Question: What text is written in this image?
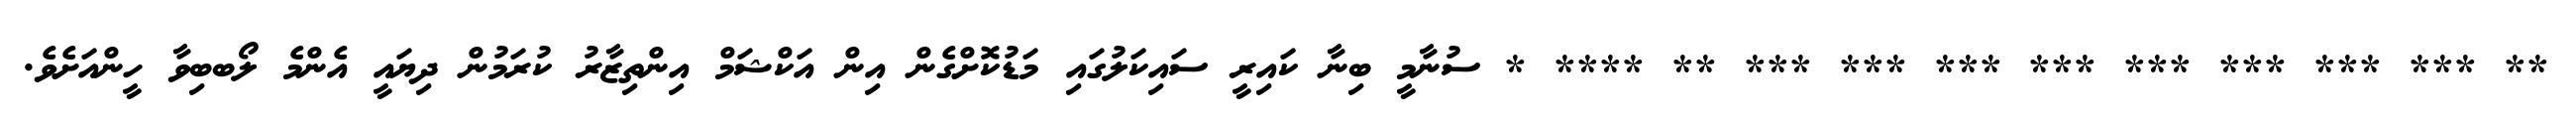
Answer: ** *** *** *** *** *** *** *** *** ** **** * ސުނާމީ ބިނާ ކައިރީ ސައިކަލުގައި މަޑުކޮށްގެން އިން އަކްޝަމް އިންތިޒާރު ކުރަމުން ދިޔައީ އެންމެ ލޯބބިވާ ހީންއަށެވެ.